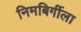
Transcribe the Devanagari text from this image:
निमबिर्गीला